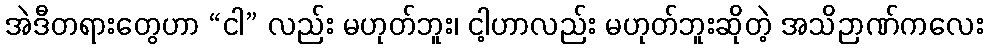
အဲဒီတရားတွေဟာ “ငါ” လည်း မဟုတ်ဘူး၊ ငါ့ဟာလည်း မဟုတ်ဘူးဆိုတဲ့ အသိဉာဏ်ကလေး